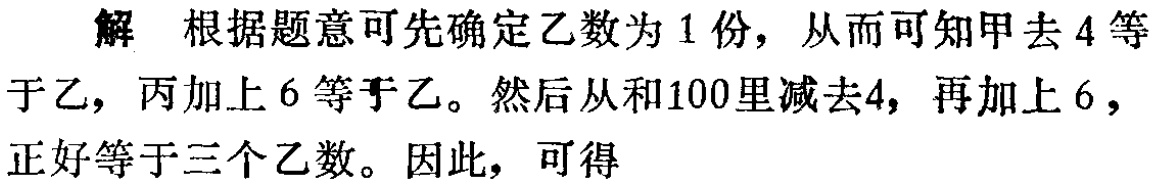
解 根据题意可先确定乙数为1份，从而可知甲去4等于乙，丙加上6等于乙。然后从和100里减去4，再加上6，正好等于三个乙数。因此，可得